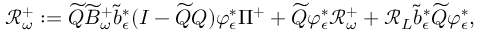
\mathcal R _ { \omega } ^ { + } : = \widetilde Q \widetilde B _ { \omega } ^ { + } \tilde { b } _ { \epsilon } ^ { * } ( I - \widetilde Q Q ) \varphi _ { \epsilon } ^ { * } \Pi ^ { + } + \widetilde Q \varphi _ { \epsilon } ^ { * } \mathscr R _ { \omega } ^ { + } + \mathcal R _ { L } \tilde { b } _ { \epsilon } ^ { * } \widetilde Q \varphi _ { \epsilon } ^ { * } ,